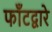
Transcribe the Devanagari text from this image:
फाँटद्वारे